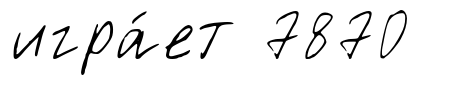
игра́ет 7870